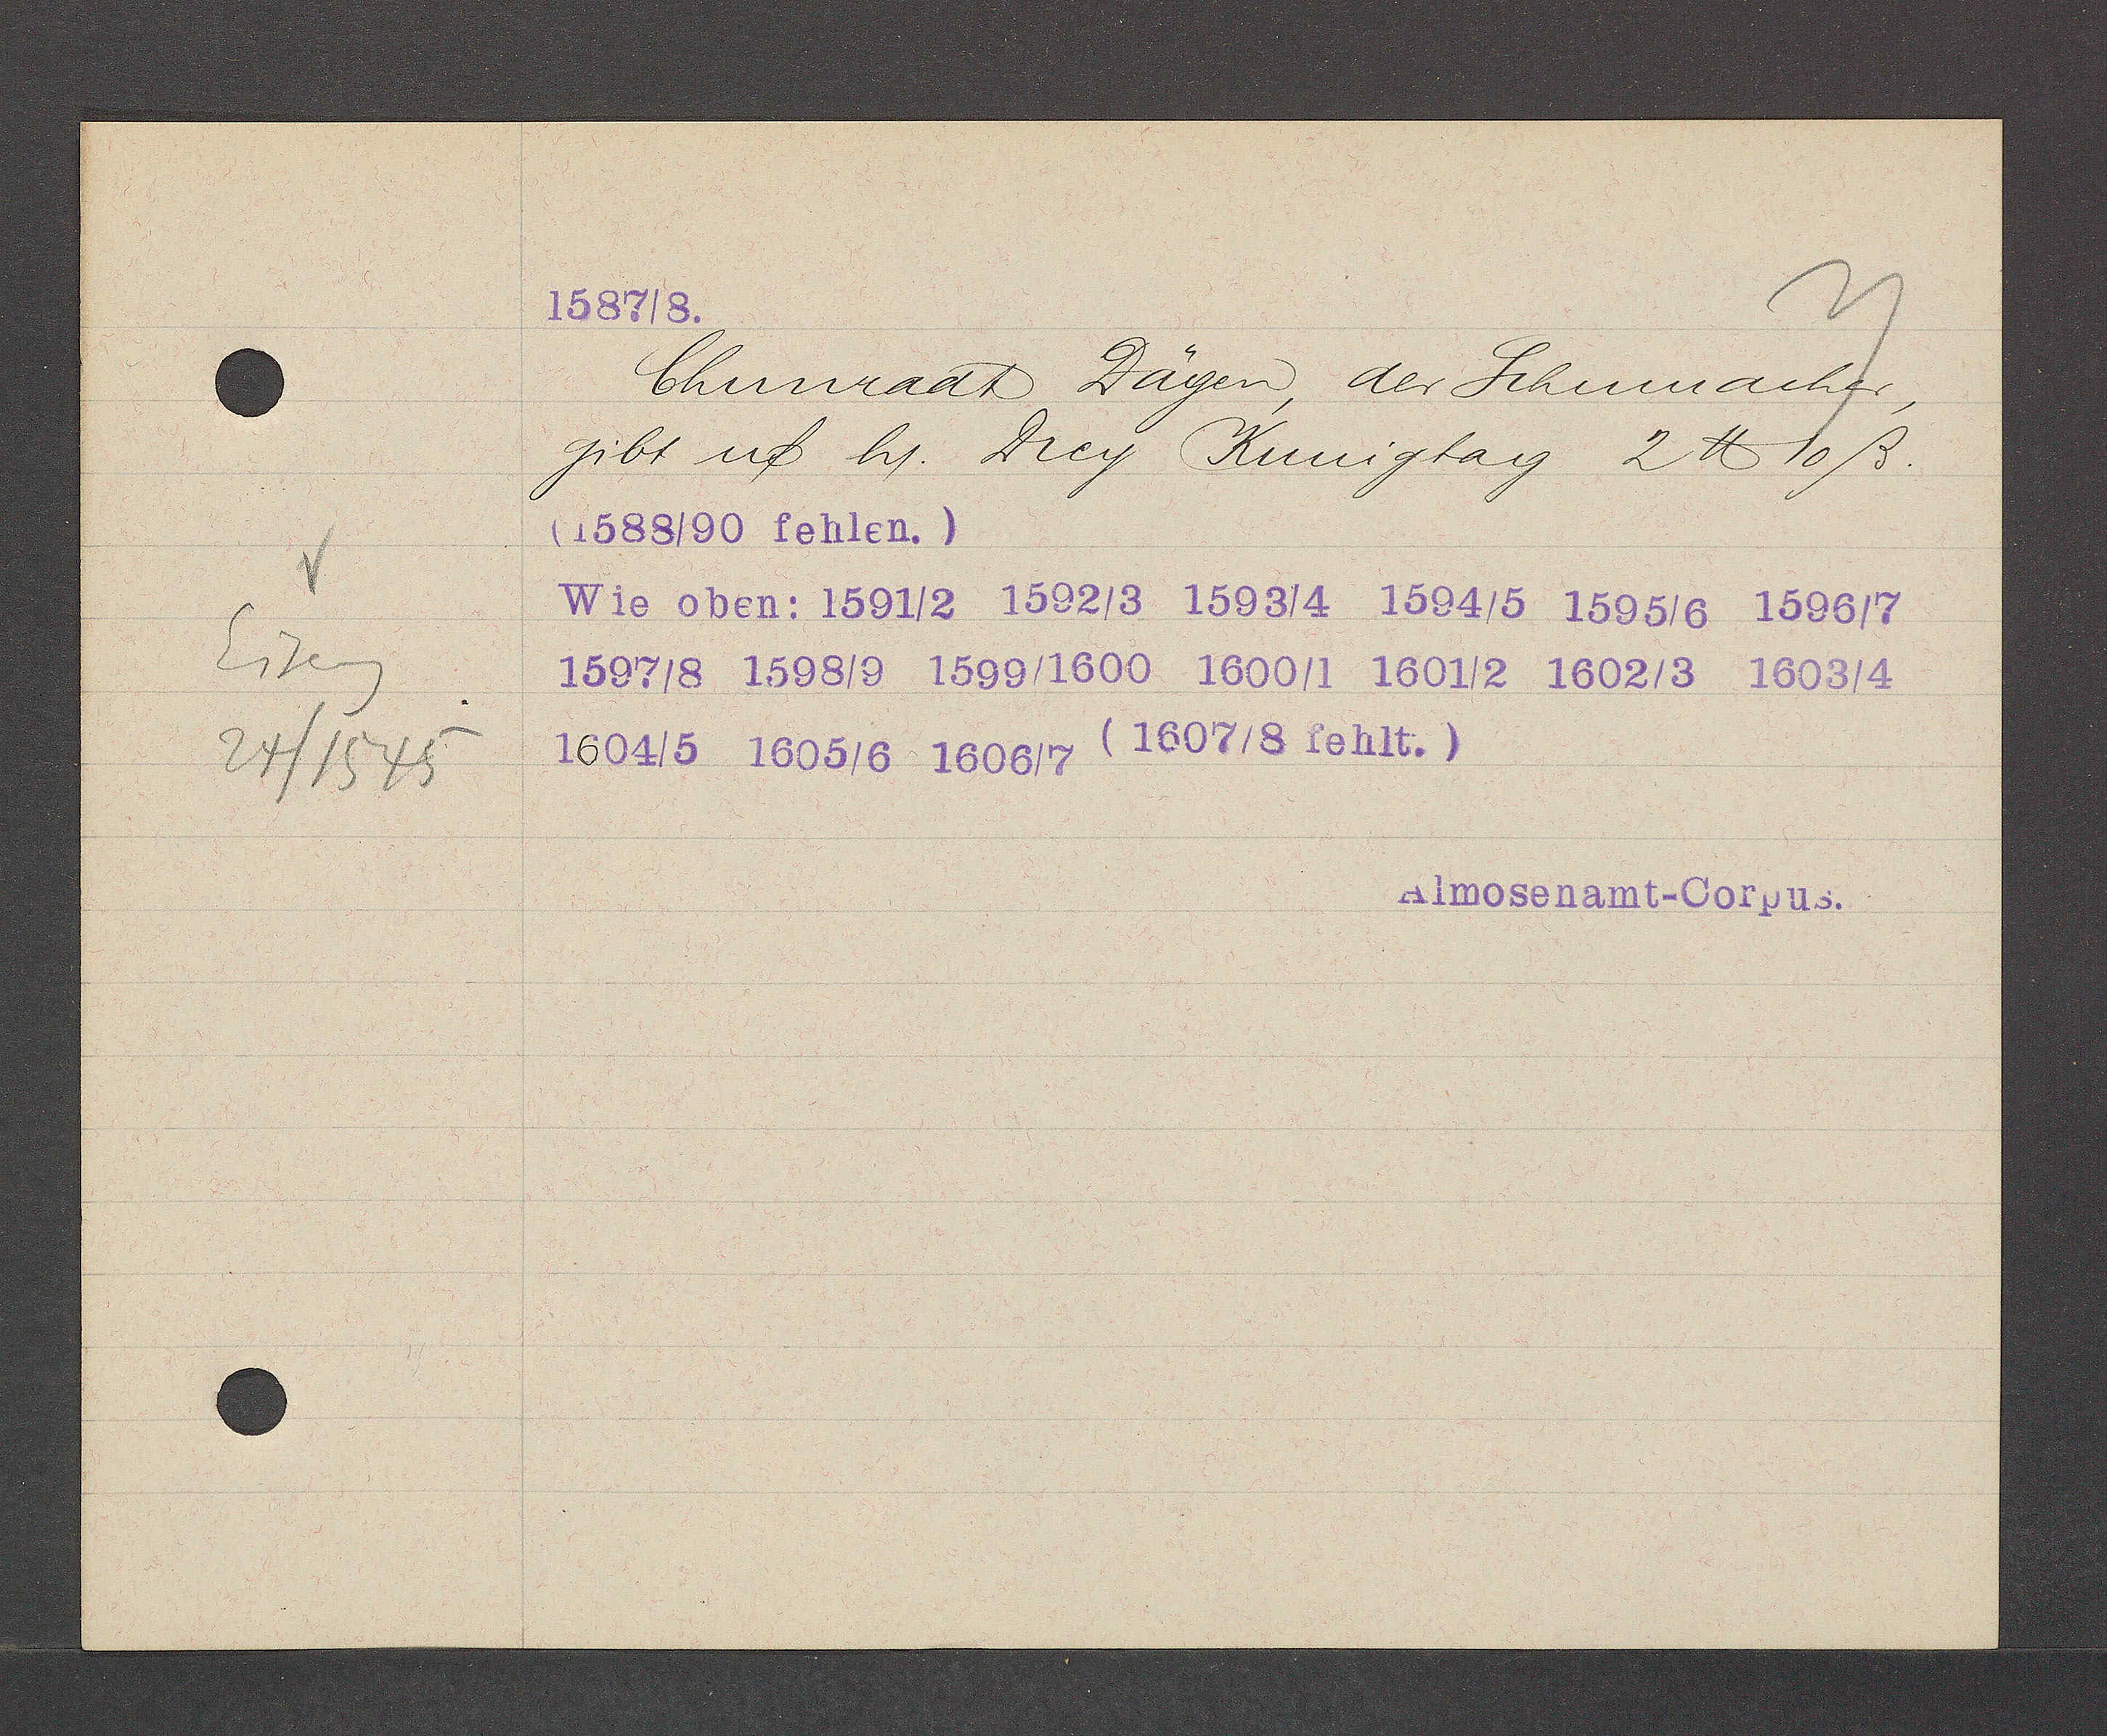
Transcript:
Eiseng
24/1545

Chunradt Dägen der Schumacher,
gibt uf h/. Drey Kunigtag 2 ℔ 10 ß.